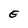
Character: E